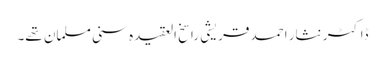
ڈاکٹر نثار احمد قریشی راسخ العقیدہ سنی مسلمان تھے۔